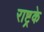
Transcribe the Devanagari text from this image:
राष्ट्रके